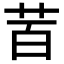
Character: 𮎩